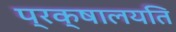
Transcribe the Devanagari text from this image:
प्रक्षालयति